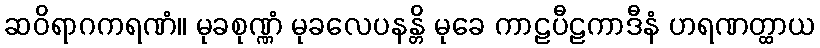
ဆဝိရာဂကရဏံ။ မုခစုဏ္ဏံ မုခလေပနန္တိ မုခေ ကာဠပီဠကာဒီနံ ဟရဏတ္ထာယ